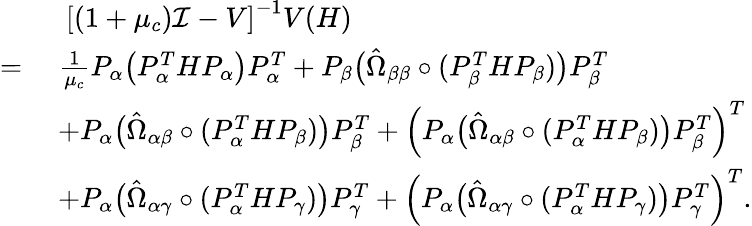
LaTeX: \begin{array}{rl}&{\; \; \left[(1+\mu_{c})\mathcal{I}-V\right]^{-1}V(H)}\\ {=}&{\; \frac{1}{\mu_{c}}P_{\alpha}\big(P_{\alpha}^{T}HP_{\alpha}\big)P_{\alpha}^{T}+P_{\beta}\big(\hat{\Omega}_{\beta\beta}\circ(P_{\beta}^{T}HP_{\beta})\big)P_{\beta}^{T}}\\ &{\; +P_{\alpha}\big(\hat{\Omega}_{\alpha\beta}\circ(P_{\alpha}^{T}HP_{\beta})\big)P_{\beta}^{T}+{\Big(P_{\alpha}\big(\hat{\Omega}_{\alpha\beta}\circ(P_{\alpha}^{T}HP_{\beta})\big)P_{\beta}^{T}\Big)^{T}}}\\ &{\; +P_{\alpha}\big(\hat{\Omega}_{\alpha\gamma}\circ(P_{\alpha}^{T}HP_{\gamma})\big)P_{\gamma}^{T}+{\Big(P_{\alpha}\big(\hat{\Omega}_{\alpha\gamma}\circ(P_{\alpha}^{T}HP_{\gamma})\big)P_{\gamma}^{T}\Big)^{T}.}}\end{array}